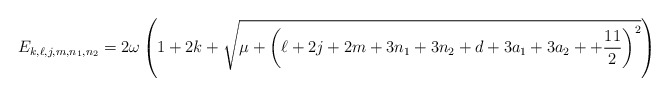
\begin{align*}E_{k,\ell,j,m,n_1,n_2}= 2 \omega \left(1 + 2 k + \sqrt{\mu + \left( \ell + 2 j + 2 m + 3 n_1 + 3 n_2 + d + 3 a_1 + 3 a_2 ++ \frac{11}{2} \right)^2 } \right)\end{align*}